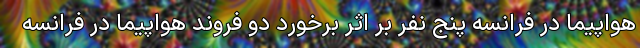
هواپیما در فرانسه پنج نفر بر اثر برخورد دو فروند هواپیما در فرانسه